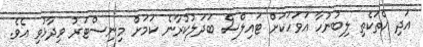
އަދި އެތަކެތި ލިބުނުހާ އަވަހަކަށް ޓައިލްސް ބަދަލުކުރާނެ ކަމަށް މިނިސްޓަރު ވިދާޅުވި އެވެ.